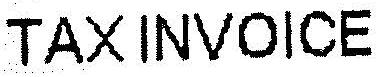
TAX INVOICE